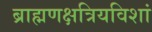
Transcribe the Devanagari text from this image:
ब्राह्मणक्षत्रियविशां